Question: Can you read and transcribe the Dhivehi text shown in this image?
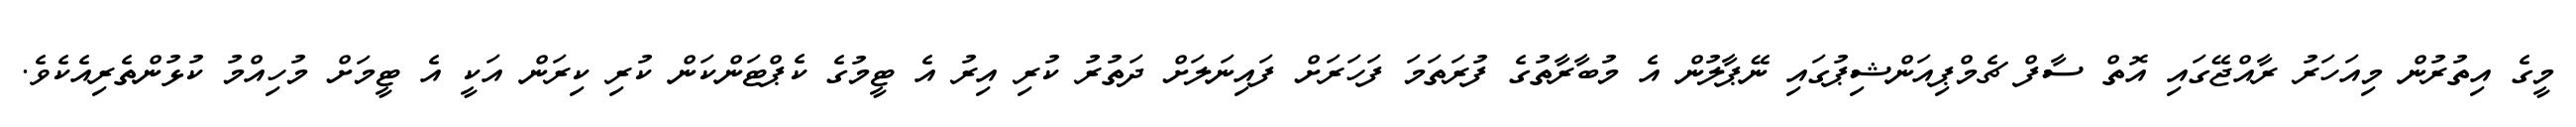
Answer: މީގެ އިތުރުން މިއަހަރު ރާއްޖޭގައި އޮތް ސާފް ޗެމްޕިއަންޝިޕުގައި ނޭޕާލުން އެ މުބާރާތުގެ ފުރަތަމަ ފަހަރަށް ފައިނަލަށް ދަތުރު ކުރި އިރު އެ ޓީމުގެ ކެޕްޓަންކަން ކުރި ކިރަން އަކީ އެ ޓީމަށް މުހިއްމު ކުޅުންތެރިއެކެވެ.